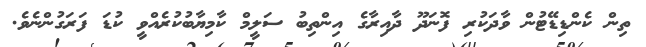
ތިން ކެންޑިޑޭޓުން ވާދަކުރި ފޮނަދޫ ދާއިރާގެ އިންތިބު ސަލީމް ކާމިޔާބުކުރެއްވީ ކުޑަ ފަރަގުންނެވެ.